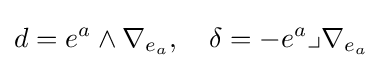
d=e^{a}\wedge \nabla _{e_{a}},\quad \delta =-e^{a}\lrcorner \nabla _{e_{a}}